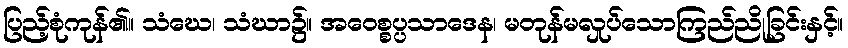
ပြည့်စုံကုန်၏။ သံဃေ၊ သံဃာ၌။ အဝေစ္စပ္ပသာဒေန၊ မတုန်မလှုပ်သောကြည်ညိုခြင်းနှင့်။